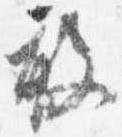
敢